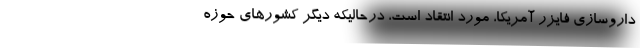
داروسازی فایزر آمریکا، مورد انتقاد است، درحالیکه دیگر کشورهای حوزه